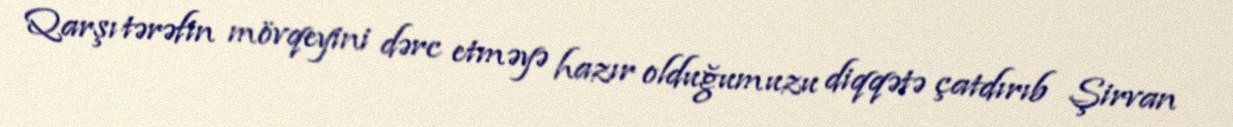
Qarşı tərəfin mövqeyini dərc etməyə hazır olduğumuzu diqqətə çatdırıb Şirvan